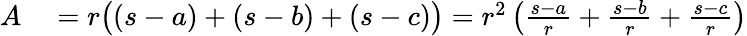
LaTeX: \begin{array}{rl}{A}&{{}=r{\big(}(s-a)+(s-b)+(s-c){\big)}=r^{2}\left({\frac{s-a}{r}}+{\frac{s-b}{r}}+{\frac{s-c}{r}}\right)}\end{array}